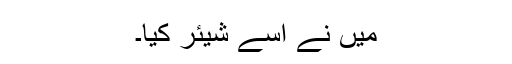
میں نے اسے شیئر کیا۔